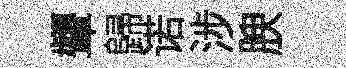
顰歸诺涉腴